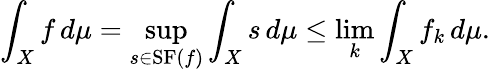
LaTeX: \int_{X}f\, d\mu=\operatorname*{sup}_{s\in\operatorname{SF}(f)}\int_{X}s\, d\mu\leq\operatorname*{lim}_{k}\int_{X}f_{k}\, d\mu.